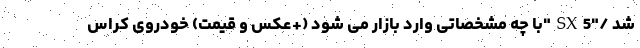
شد /"SX5"با چه مشخصاتی وارد بازار می شود (+عکس و قیمت) خودروی کراس